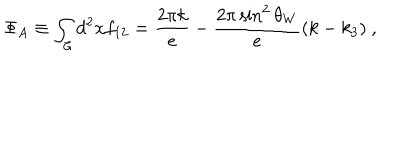
\Phi _ { A } \equiv \int _ { \cal C } d ^ { 2 } x f _ { 1 2 } = \frac { 2 \pi k } { e } - \frac { 2 \pi \sin ^ { 2 } \theta _ { W } } { e } ( k - k _ { 3 } ) ~ ,